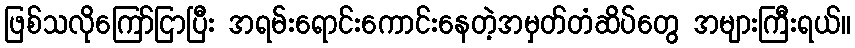
ဖြစ်သလိုကြော်ငြာပြီး အရမ်းရောင်းကောင်းနေတဲ့အမှတ်တံဆိပ်တွေ အများကြီးရယ်။